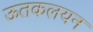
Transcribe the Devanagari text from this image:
ऊतकलयन